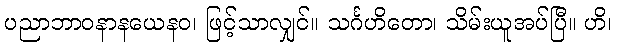
ပညာဘာဝနာနယေနဝ၊ ဖြင့်သာလျှင်။ သင်္ဂဟိတော၊ သိမ်းယူအပ်ပြီ။ ဟိ၊